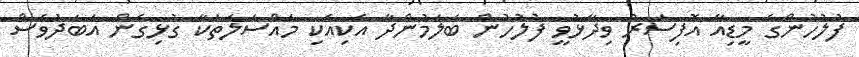
ފުލުހުންގެ މީޑިއާ އޮފިސަރު ވިދާޅުވީ ފުލުހުން ބަލަމުންދާ އެކިއެކި މައްސަލަތަކާ ގުޅިގެން އަބަދުވެސް